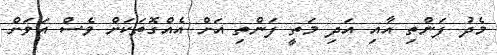
މެދު ފަންތި އާއި އަދި މަތީ ފަންތި އަށް އެއްގޮތަކަށް ވެސް އަވަށް